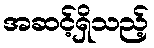
အဆင့်ရှိသည့်